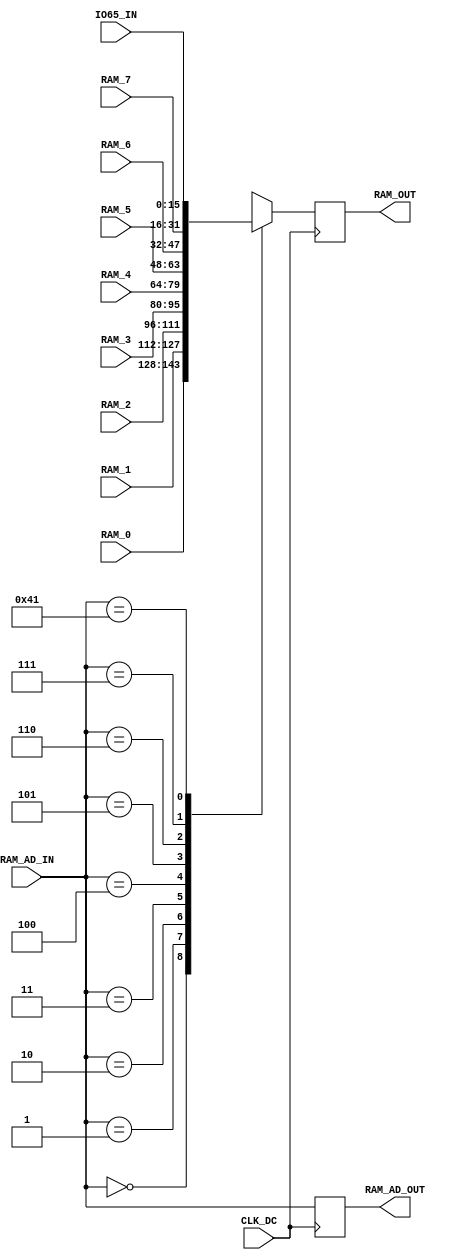
module ram_dc(CLK_DC, 
              RAM_AD_IN, 
              RAM_0,
              RAM_1,
              RAM_2,
              RAM_3,
              RAM_4,
              RAM_5,
              RAM_6,
              RAM_7,
              IO65_IN, 
              RAM_AD_OUT,
              RAM_OUT);
    input           CLK_DC;
    input   [7:0]   RAM_AD_IN;
    input   [15:0]  RAM_0, RAM_1, RAM_2, RAM_3, RAM_4, RAM_5, RAM_6, RAM_7;
    input   [15:0]  IO65_IN;
    output  [7:0]   RAM_AD_OUT;
    output  [15:0]  RAM_OUT;

    reg     [7:0]   RAM_AD_OUT;
    reg     [15:0]  RAM_OUT;

    function [15:0] ram_out;
        input   [7:0]   ram_ad_in;
        input   [15:0]  ram_0, ram_1, ram_2, ram_3, ram_4, ram_5, ram_6, ram_7;
        input   [15:0]  io65_in;

        begin
        case (ram_ad_in)
            8'b00000000: ram_out = ram_0;
            8'b00000001: ram_out = ram_1;
            8'b00000010: ram_out = ram_2;
            8'b00000011: ram_out = ram_3;
            8'b00000100: ram_out = ram_4;
            8'b00000101: ram_out = ram_5;
            8'b00000110: ram_out = ram_6;
            8'b00000111: ram_out = ram_7;
            8'b01000001: ram_out = io65_in;
            default: ram_out = 16'hxxxx;
        endcase
        end    
    endfunction

    always @ (posedge CLK_DC) begin
        RAM_AD_OUT <= RAM_AD_IN;  //
        RAM_OUT <= ram_out(RAM_AD_IN, RAM_0, RAM_1, RAM_2, RAM_3, RAM_4, RAM_5, RAM_6, RAM_7, IO65_IN);
    end

endmodule